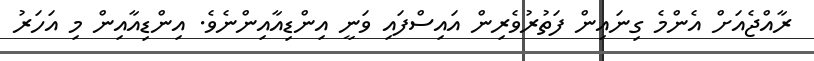
ރާއްޖެއަށް އެންމެ ގިނައިން ފަތުރުވެރިން އައިސްފައި ވަނީ އިންޑިއާއިންނެވެ. އިންޑިއާއިން މި އަހަރު